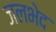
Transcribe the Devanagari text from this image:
जलभेद